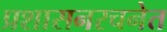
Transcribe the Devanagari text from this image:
प्रशासनरचनेत